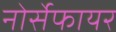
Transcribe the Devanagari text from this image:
नोर्सेफायर